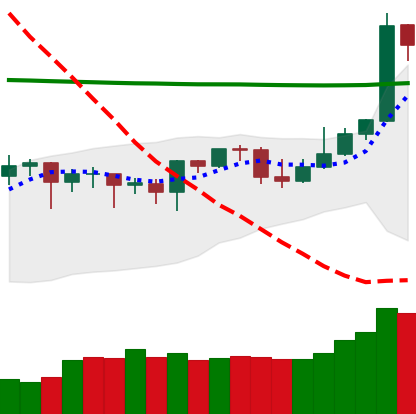
Ticker: DOGE-USD
Chart end date: 2020-04-27
Forward return: 8.238%
Label: up_7plus